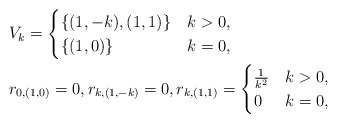
\begin{align*} &V_k=\begin{cases}\{(1,-k), (1,1)\}&k>0,\\\{(1,0)\}&k=0,\end{cases}\\&r_{0,(1,0)}=0,r_{k,(1,-k)}=0,r_{k,(1,1)}=\begin{cases}\frac{1}{k^2} &k>0,\\0&k=0,\end{cases}\end{align*}